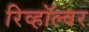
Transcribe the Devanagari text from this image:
रिव्हॉल्वर